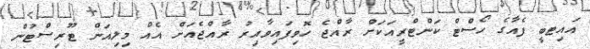
އައިޓބީ ފެއާގެ ހޯސްޓް ކަންޓްރީއަކަށް ރާއްޖެ ހޮވިފައިވާއިރު ރާއްޖެއަށް އެއް މިލިއަން ޓޫރިސްޓުން